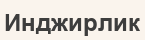
Инджирлик